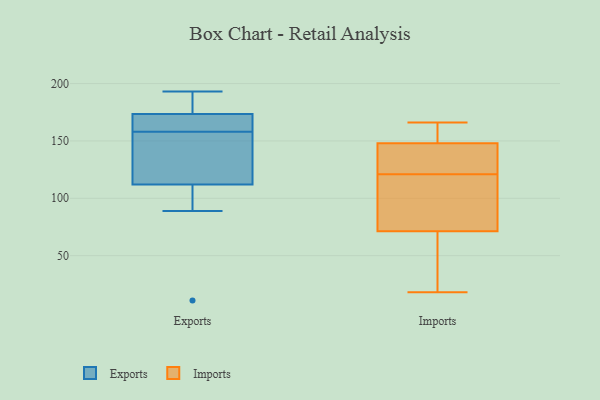
{"axis": {"x": "Page Views", "y": "Value"}, "legend": ["Exports", "Imports"], "data": [{"x": "", "y": 143, "type": "Exports"}, {"x": "", "y": 174, "type": "Exports"}, {"x": "", "y": 101, "type": "Exports"}, {"x": "", "y": 153, "type": "Exports"}, {"x": "", "y": 173, "type": "Exports"}, {"x": "", "y": 89, "type": "Exports"}, {"x": "", "y": 165, "type": "Exports"}, {"x": "", "y": 123, "type": "Exports"}, {"x": "", "y": 193, "type": "Exports"}, {"x": "", "y": 11, "type": "Exports"}, {"x": "", "y": 163, "type": "Exports"}, {"x": "", "y": 192, "type": "Exports"}, {"x": "", "y": 160, "type": "Imports"}, {"x": "", "y": 111, "type": "Imports"}, {"x": "", "y": 166, "type": "Imports"}, {"x": "", "y": 81, "type": "Imports"}, {"x": "", "y": 144, "type": "Imports"}, {"x": "", "y": 161, "type": "Imports"}, {"x": "", "y": 121, "type": "Imports"}, {"x": "", "y": 18, "type": "Imports"}, {"x": "", "y": 140, "type": "Imports"}, {"x": "", "y": 42, "type": "Imports"}, {"x": "", "y": 98, "type": "Imports"}, {"x": "", "y": 139, "type": "Imports"}, {"x": "", "y": 38, "type": "Imports"}]}